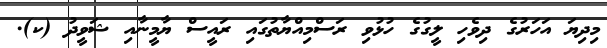
މިދިޔަ އަހަރުގެ ދިވެހި ލީގުގެ ހުޅުވި ރަސްމިއްޔާތުގައި ރައީސް ޔާމީނާއި ޝަވީދު (ކ).